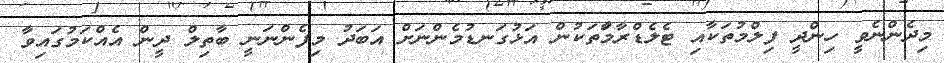
މިދެންނެވީ ހިންދީ ފިލްމުތަކާއި ޓެލެޑްރާމާަތަކުން އަޅުގަނޑުމެންނަށް އަބަދު މިފެންނަނީ ބާތިލް ދީން އެއްކަމުގައިވާ